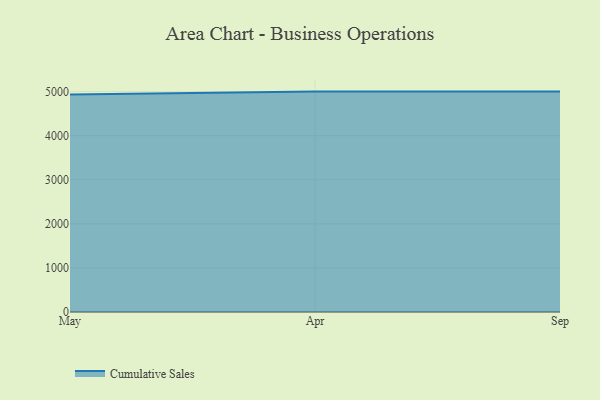
{"axis": {"x": "Month", "y": "Market Share (%)"}, "legend": ["Cumulative Sales"], "data": [{"x": "May", "y": 4937.0, "type": "Cumulative Sales"}, {"x": "Apr", "y": 5000, "type": "Cumulative Sales"}, {"x": "Sep", "y": 5000, "type": "Cumulative Sales"}]}